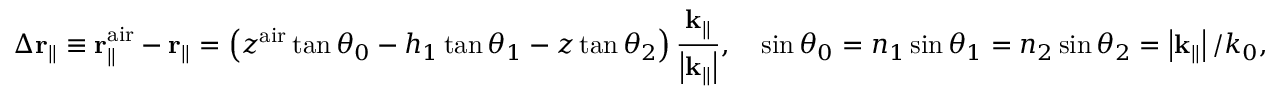
\Delta { \bf r } _ { \parallel } \equiv { \bf r } _ { \parallel } ^ { \mathrm { a i r } } - { \bf r } _ { \parallel } = \left( z ^ { \mathrm { a i r } } \tan \theta _ { 0 } - h _ { 1 } \tan \theta _ { 1 } - z \tan \theta _ { 2 } \right) \frac { { \bf k } _ { \parallel } } { \left| { \bf k } _ { \parallel } \right| } , \quad \sin \theta _ { 0 } = n _ { 1 } \sin \theta _ { 1 } = n _ { 2 } \sin \theta _ { 2 } = \left| { \bf k } _ { \parallel } \right| / k _ { 0 } ,